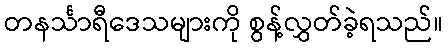
တနင်္သာရီဒေသများကို စွန့်လွှတ်ခဲ့ရသည်။